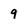
Character: 9